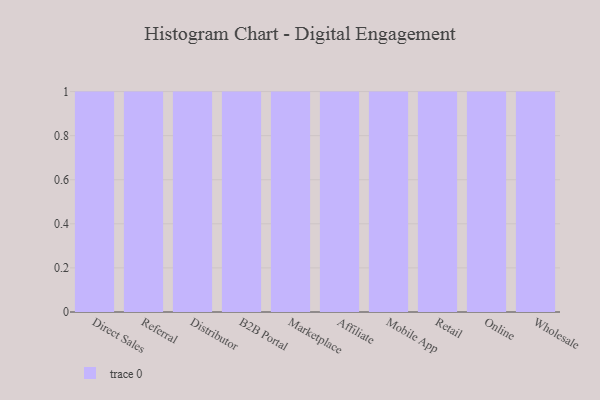
{"axis": {"x": "Channel", "y": "Headcount"}, "legend": [""], "data": [{"x": "Direct Sales", "y": 66, "type": ""}, {"x": "Referral", "y": 20, "type": ""}, {"x": "Distributor", "y": 13, "type": ""}, {"x": "B2B Portal", "y": 88, "type": ""}, {"x": "Marketplace", "y": 99, "type": ""}, {"x": "Affiliate", "y": 27, "type": ""}, {"x": "Mobile App", "y": 44, "type": ""}, {"x": "Retail", "y": 10, "type": ""}, {"x": "Online", "y": 76, "type": ""}, {"x": "Wholesale", "y": 24, "type": ""}]}